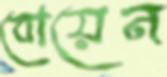
বোয়েন